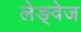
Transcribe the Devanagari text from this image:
लेङ्वेज